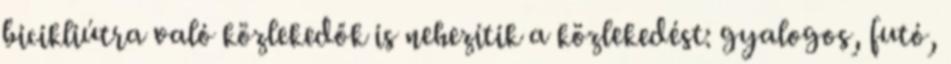
bicikliútra való közlekedők is nehezítik a közlekedést: gyalogos, futó,